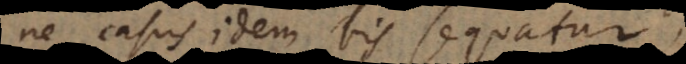
ne casus idem bis sequatur,